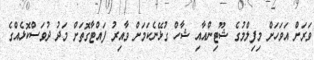
ވަރަށް އަވަހަށް މިފިލްމުގެ ޝޫޓިންއާއި ޝާހް ގުޅޭނެކަމަށް ވާއިރު ފައްޓާގޮތަށް މަދު ދުވަސްކޮޅެއްގެ